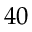
4 0